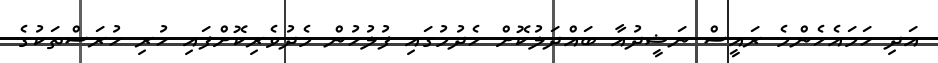
އަދި ހަމައެހެންމެ ރައީސް ނަޝީދުއާ ބައްދަލުކޮށް ހެދުމުގައި ފުލުހުން މެދުވެރިކޮށްފައި ހުރި ހުރަސްތަކުގެ